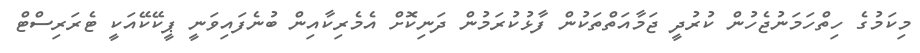
މިކަމުގެ ހިތްހަމަނުޖެހުން ކުރުދީ ޖަމާއަތްތަކުން ފާޅުކުރަމުން ދަނިކޮށް އެމެރިކާއިން ބުނެފައިވަނީ ޕީކޭކޭއަކީ ޓެރަރިސްޓް